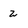
Character: 2